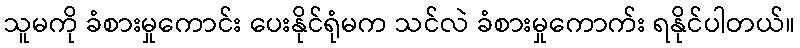
သူမကို ခံစားမှုကောင်း ပေးနိုင်ရုံမက သင်လဲ ခံစားမှုကောက်း ရနိုင်ပါတယ်။